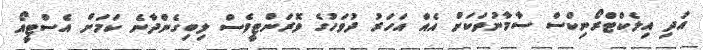
އަދި އިލެކްޓްރޯނިކްސް ސާމާނުތަކަށް އެއް އަހަރު ދުވަހުގެ ވޮރަންޓީވެސް ލިބިގެންދާނެ ކަމަށް އެސްޓީއޯ